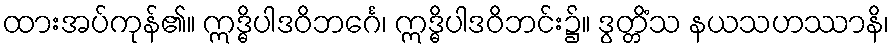
ထားအပ်ကုန်၏။ ဣဒ္ဓိပါဒဝိဘင်္ဂေ၊ ဣဒ္ဓိပါဒဝိဘင်း၌။ ဒွတ္တိံသ နယသဟဿာနိ၊